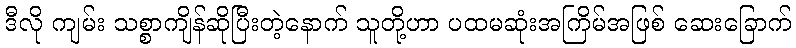
ဒီလို ကျမ်း သစ္စာကျိန်ဆိုပြီးတဲ့နောက် သူတို့ဟာ ပထမဆုံးအကြိမ်အဖြစ် ဆေးခြောက်